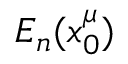
E _ { n } ( x _ { 0 } ^ { \mu } )